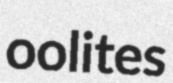
oolites